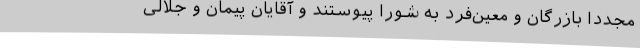
مجدداً بازرگان‌ و معین‌فرد به‌ شورا پیوستند و آقایان‌ پیمان‌ و جلالی‌